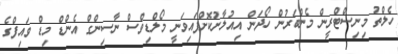
ހެލްތު މިނިސްޓްރީން މެންބަރުން ހޯދަން އިއުލާނުކޮށްފައިވަނީ މޯލްޑިވްސް ނާސިންގް އެންޑް މިޑް ވައިފްގެ